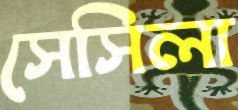
সেসিলা